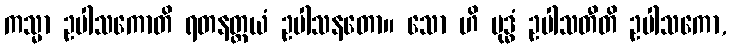
ကသ္မာ ဥပါသကောတိ ရတနတ္တယံ ဥပါသနတော။ သော ဟိ ဗုဒ္ဓံ ဥပါသတီတိ ဥပါသကော,